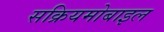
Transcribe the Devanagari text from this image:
सक्रियमोबाइल